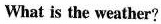
What is the weather?